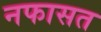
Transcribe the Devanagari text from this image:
नफासत